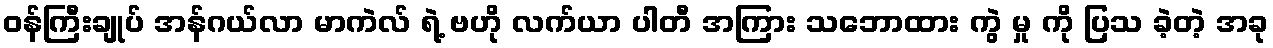
ဝန်ကြီးချုပ် အန်ဂယ်လာ မာကဲလ် ရဲ့ ဗဟို လက်ယာ ပါတီ အကြား သဘောထား ကွဲ မှု ကို ပြသ ခဲ့တဲ့ အခု